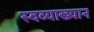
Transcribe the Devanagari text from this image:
स्वव्याख्यान